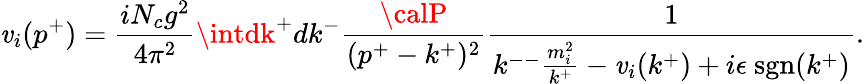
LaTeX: \mathit{v}_{i}(p^{+})=\frac{{iN_{c}g^{2}}}{{4\pi^{2}}}\intdk^{+}dk^{-}\frac{{\calP}}{{(p^{+}-k^{+})^{2}}}\frac{{1}}{{k^{--}\frac{{m_{i}^{2}}}{{k^{+}}}-\mathit{v}_{i}(k^{+})+i\epsilon~\mathrm{{sgn}}(k^{+})}}.